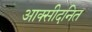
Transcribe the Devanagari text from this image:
आक्सीदनित